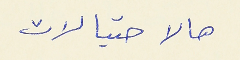
هالاحتيالات